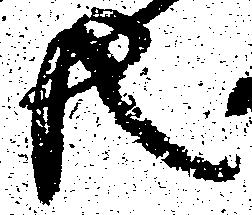
共